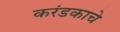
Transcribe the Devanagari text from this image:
करंडकाचे